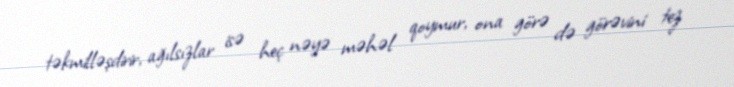
təkmilləşdirir, ağılsızlar isə heç nəyə məhəl qoymur, ona görə də görəvini tez